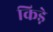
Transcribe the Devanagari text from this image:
किडे़